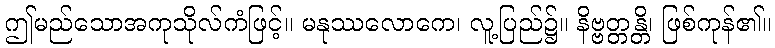
ဤမည်သောအကုသိုလ်ကံဖြင့်။ မနုဿလောကေ၊ လူ့ပြည်၌။ နိဗ္ဗတ္တန္တိ၊ ဖြစ်ကုန်၏။